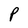
Character: P